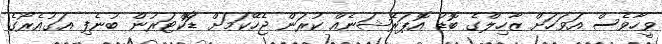
ވީހާވެސް އަވަހަށް ޒާހިލްގެ ބޮޑު އޮޕަރޭޝަނެއް ކުރަން ޖެހޭކަމަށް ޑޮަކްޓަރުން ބުނެފި އަގުއެރޯގެ